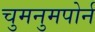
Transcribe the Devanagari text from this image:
चुमनुमपोर्न